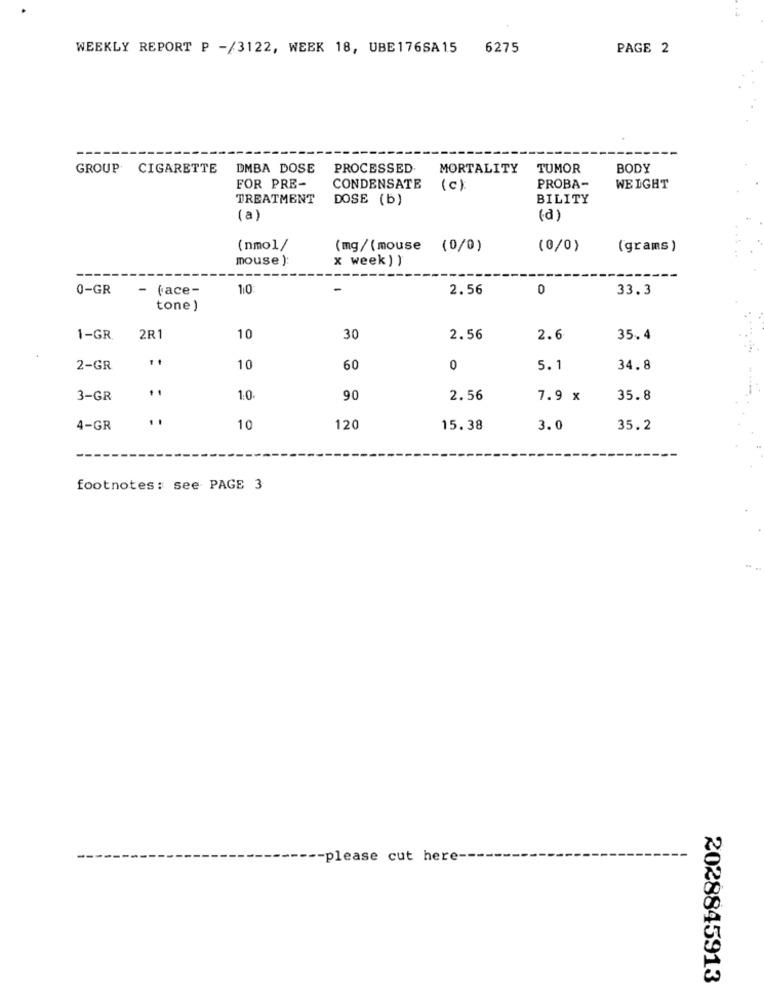
WEEKLY REPORT P -/3122, WEEK 18, UBE176SA15 6275
PAGE 2
GROUP CIGARETTE
DMBA DOSE
PROCESSED
MORTALITY
TUMOR
BODY
FOR PRE-
CONDENSATE
( c)
PROBA-
WEIGHT
TREATMENT
DOSE (b)
BILITY
(a)
(d)
(nmol/
(mg/(mouse (0/0)
(0/0)
(grams )
mouse )
x week ) )
0-GR
- (ace-
110:
2.56
0
33.3
tone )
1-GR
2R1
10
30
2.56
2.6
35.4
2-GR
10
60
0
5.1
34.8
3-GR
1:0
90
2.56
7.9 x
35.8
..
4-GR
10
120
15.38
3.0
35.2
footnotes: see PAGE 3
-please cut here --
2028845913